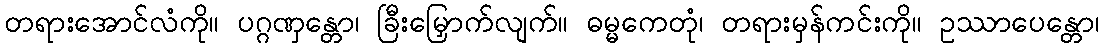
တရားအောင်လံကို။ ပဂ္ဂဏှန္တော၊ ခြီးမြှောက်လျက်။ ဓမ္မကေတုံ၊ တရားမှန်ကင်းကို။ ဥဿာပေန္တော၊